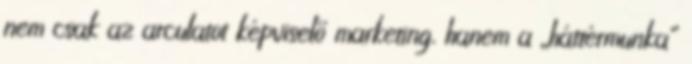
nem csak az arculatot képviselő marketing, hanem a „háttérmunka”